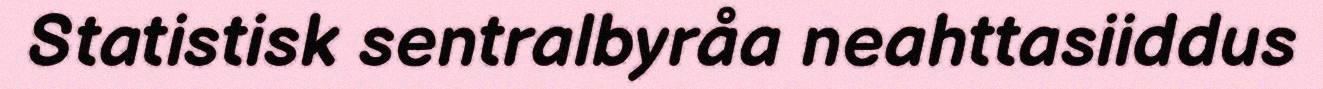
Statistisk sentralbyråa neahttasiiddus